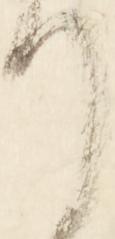
て